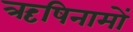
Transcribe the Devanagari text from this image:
ऋषिनामों